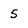
Character: 5